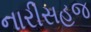
નારીસહજ